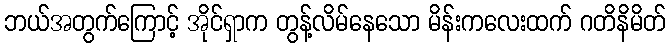
ဘယ်အတွက်ကြောင့် အိုင်ရှာက တွန့်လိမ်နေသော မိန်းကလေးထက် ဂတိနိမိတ်